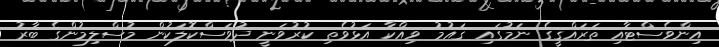
އިންވެސްޓާއި ތަރައްޤީގެ ނަމުގައި ޤައުމު ވިއްކާ އަޅުވެތި ކުރުވަނީ ދުވަސްކޮލަކުން މުސްލިމުންގެ ބާރު